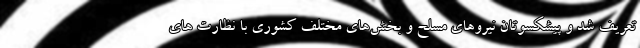
تعریف شد و پیشکسوتان نیروهای مسلح و بخش‌های مختلف کشوری با نظارت های